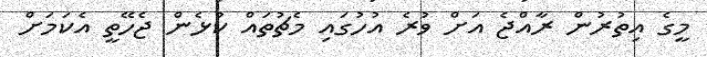
މީގެ އިތުރުން ރާއްޖެ އަށް ވުރެ އުހުގައި މެޗުތައް ކުޅެން ޖެހޭތީ އެކަމަށް